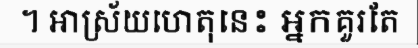
។ អាស្រ័យហេតុនេះ អ្នកគួរតែ